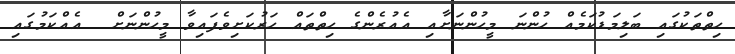
ހިތްތަކުގައި ބަލިމަޑުކަމެއް ހުންނަ މީހުންނަށާއި އެއުރެންގެ ހިތްތައް ހަރުކަށިވެފައިވާ މީހުންނަށް  އެއްކަމުގައި